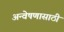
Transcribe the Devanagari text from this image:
अन्वेषणासाठी